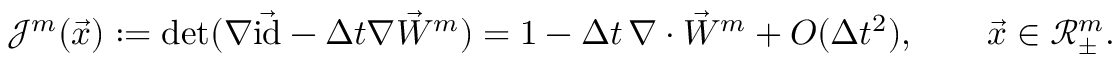
\mathcal { J } ^ { m } ( \vec { x } ) : = \mathrm { d e t } ( \nabla \vec { \mathrm { i d } } - \Delta t \nabla \vec { W } ^ { m } ) = 1 - \Delta t \, \nabla \cdot \vec { W } ^ { m } + O ( \Delta t ^ { 2 } ) , \qquad \vec { x } \in \mathscr { R } _ { \pm } ^ { m } .